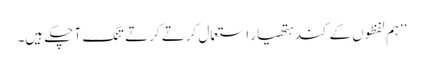
’’ہم لفظوں کے کند ہتھیار استعمال کرتے کرتے تنگ آ چکے ہیں۔